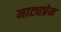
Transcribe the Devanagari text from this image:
नाट्यप्रेम